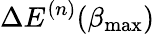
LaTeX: \Delta E^{(n)}(\beta_{\mathrm{max}})